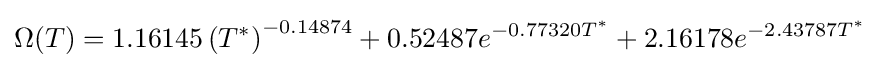
\Omega (T)=1.16145\left(T^{*}\right)^{-0.14874}+0.52487e^{-0.77320T^{*}}+2.16178e^{-2.43787T^{*}}